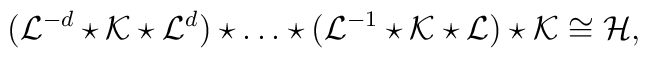
({\cal L}^{-d} \star {\cal K} \star {\cal L}^d)\star \ldots \star({\cal L}^{-1} \star \cal{K} \star \cal{L})\star \cal{K} \cong {\cal H},